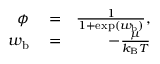
\begin{array} { r l r } { \phi } & { { } = } & { \frac { 1 } { 1 + \exp ( w _ { \mathrm { b } } ) } , } \\ { w _ { \mathrm { b } } } & { { } = } & { - \frac { \mu } { k _ { \mathrm { B } } T } } \end{array}